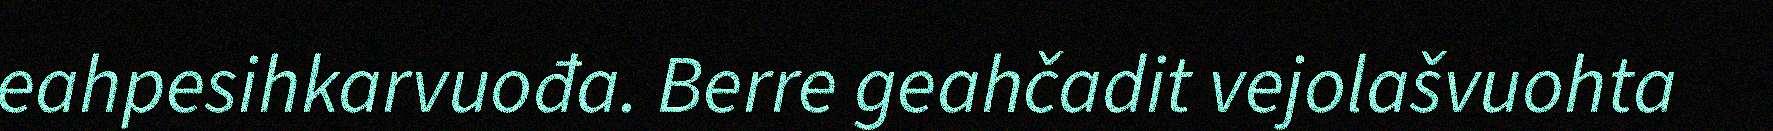
eahpesihkarvuođa. Berre geahčadit vejolašvuohta